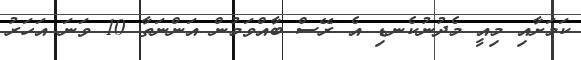
ކަމަށާއި މިއީ މެދުނުކެނޑި އެ ރޭސް ބާއްވަމުން އަންނަތާ 10 ވަނަ އަހަރު